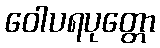
ဝေါပရပုတ္တော